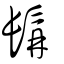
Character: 髯